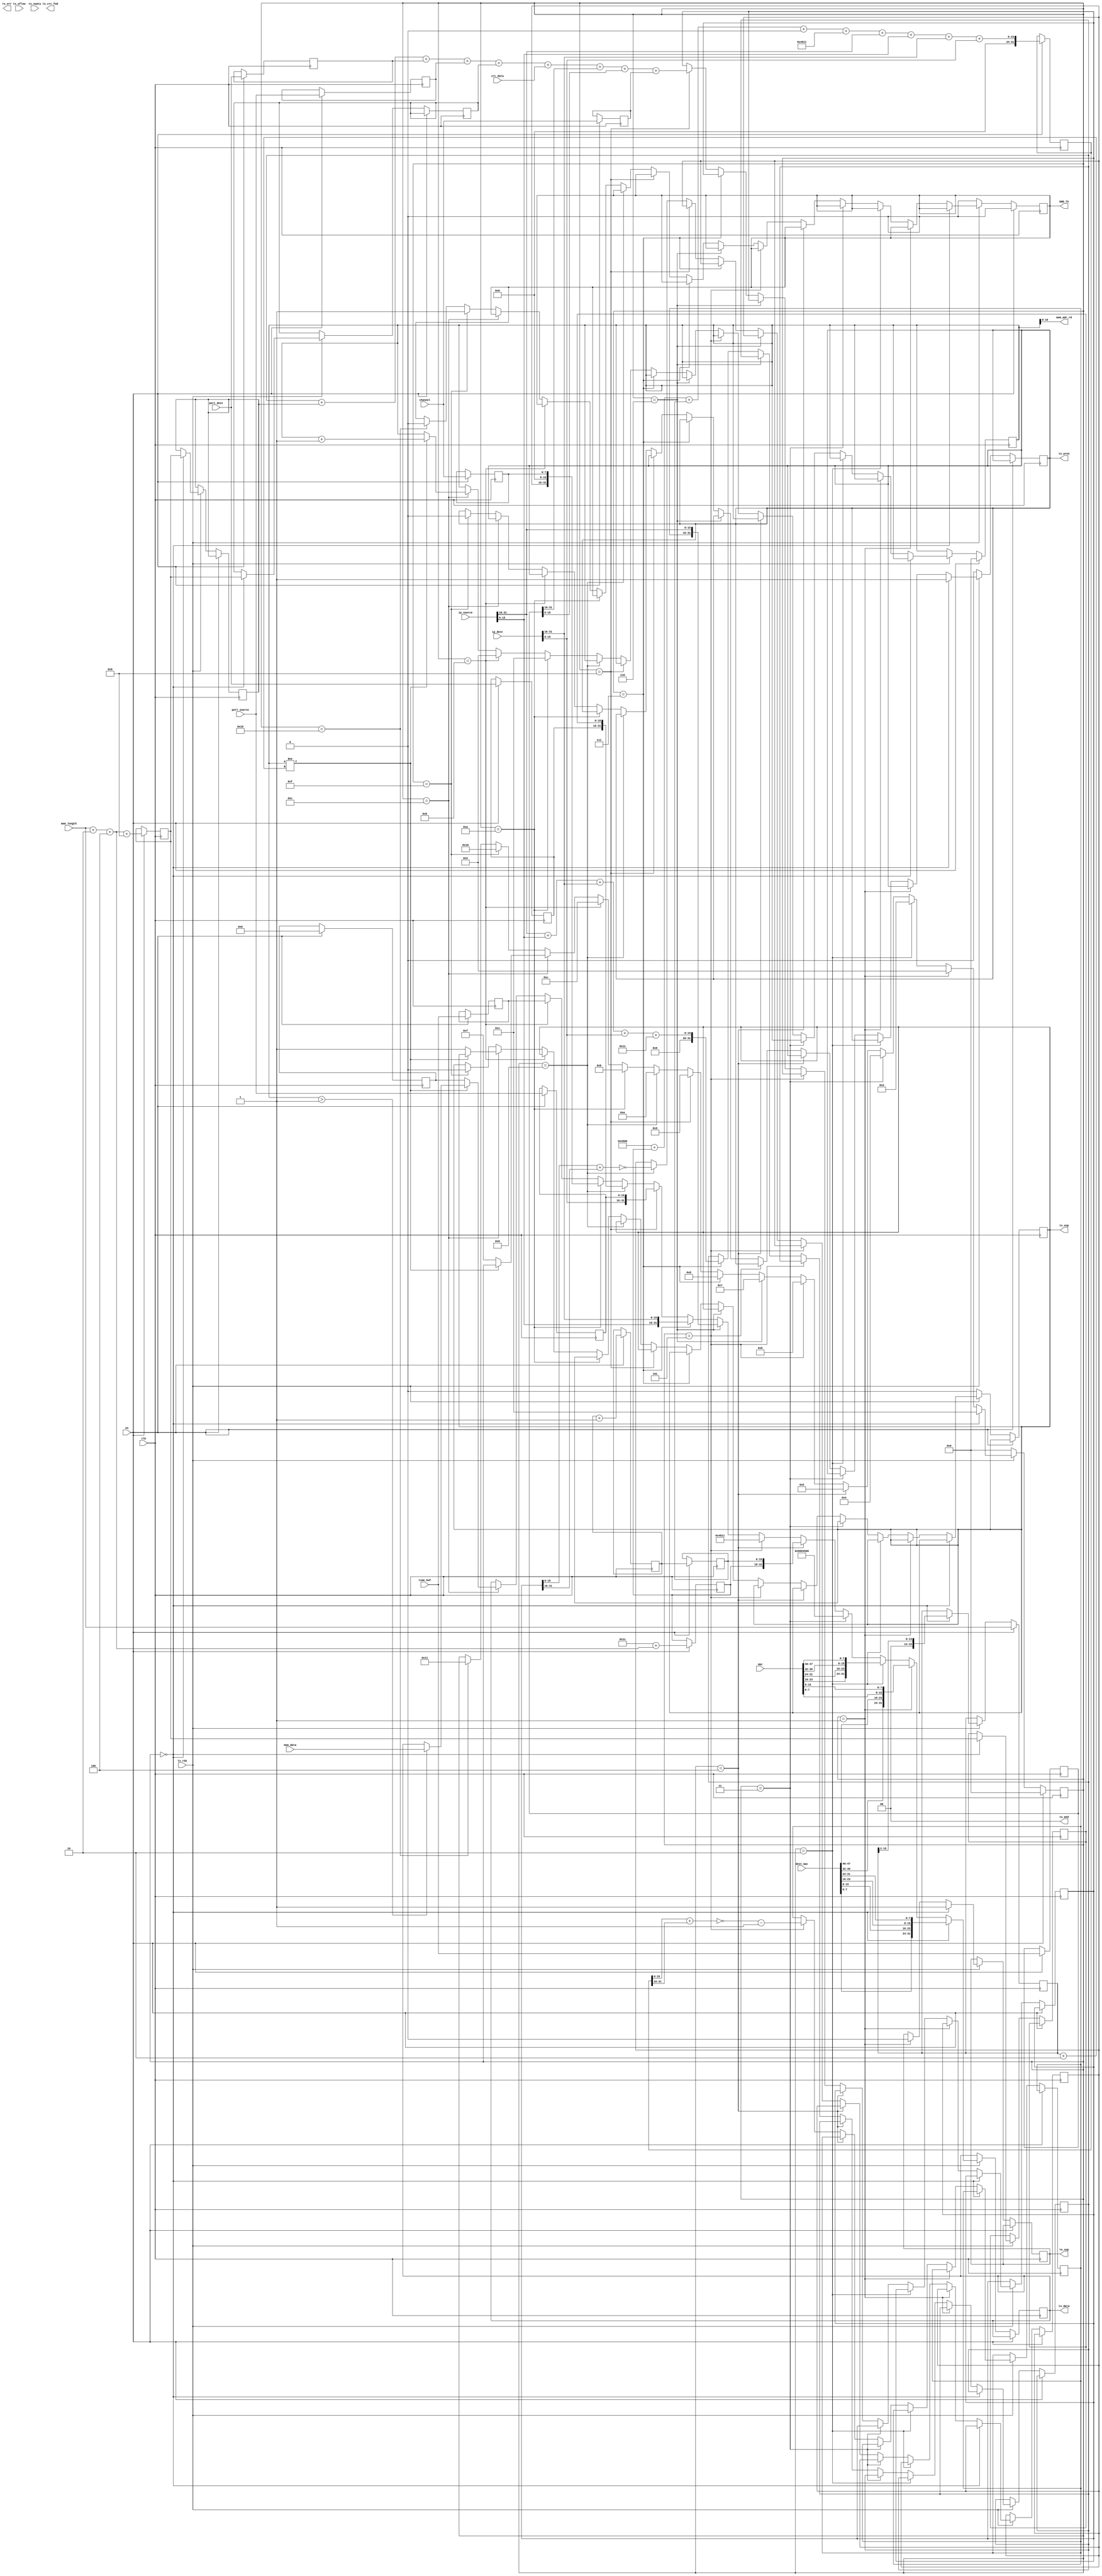
//-----------------------------------------------------------------------------
//
// Title       : udp_sender
// Design      : list
// Company     : Microsoft
//
//-----------------------------------------------------------------------------
//
// Generated   : Tue Feb  5 15:49:38 2019
// From        : interface description file
// By          : Itf2Vhdl ver. 1.22
//
//-----------------------------------------------------------------------------
//
// Description : 
//
//-----------------------------------------------------------------------------
`timescale 1 ns / 1 ps

//{{ Section below this comment is automatically maintained
//   and may be overwritten
//{module {udp_sender}}
module udp_sender ( en,tx_uflow ,tx_septy ,tx_mod ,tx_err ,
					tx_crc_fwd ,tx_wren ,tx_rdy ,tx_eop ,
					tx_sop ,tx_data ,port_dest ,port_source ,ip_dest ,
					ip_source ,dest_mac ,mac ,clk ,mem_data,mem_adr_rd,
					mem_length,crc_data,END_TX,time_buf,channel);

 
output END_TX ;
wire END_TX ;

input  [7:0] channel;	

input  [31:0] time_buf;	
input  [31:0] crc_data;					
input  [31:0] mem_data;
output [10:0] mem_adr_rd;
input  [15:0] mem_length;
output [1:0] tx_mod ;
wire [1:0] tx_mod ;	//Indicates invalid bytes in the final frame word
output tx_err ;
wire tx_err ;
output tx_crc_fwd ;
wire tx_crc_fwd ;
output tx_wren ;
wire tx_wren ;
output tx_eop ;
wire tx_eop ;
output tx_sop ;
wire tx_sop ;
output [31:0] tx_data ;
wire [31:0] tx_data ;

input en ;
wire en ;
input tx_uflow ;
wire tx_uflow ;
input tx_septy ;
wire tx_septy ;
input tx_rdy ;
wire tx_rdy ;
input [15:0] port_dest ;
wire [15:0] port_dest ;
input [15:0] port_source ;
wire [15:0] port_source ;
input [31:0] ip_dest ;
wire [31:0] ip_dest ;
input [31:0] ip_source ;
wire [31:0] ip_source ;
input [47:0] dest_mac ;
wire [47:0] dest_mac ;
input [47:0] mac ;
wire [47:0] mac ;
input clk ;
wire clk ;

reg [15:0] step=1000;
reg [31:0] data_reg=0;
reg [31:0] crc_reg=0;

reg [1:0]  tx_mod_reg=0;
reg  tx_sop_reg=0;
reg  tx_eop_reg=0;
reg  tx_wren_reg=0;	
reg [15:0] sch=0;

reg [31:0] time_buf_tmp1;
reg [31:0] time_buf_tmp2;
reg [ 7:0] channel_tmp1;	
reg [ 7:0] channel_tmp2;	
reg [15:0] port_source_tmp1;
reg [15:0] port_source_tmp2;
reg [15:0] port_dest_tmp1;
reg [15:0] port_dest_tmp2;
reg [15:0] lenght_Type=16'h0800; 
reg [ 7:0] Version_IntHiderLengh=8'h45;   
reg [ 7:0] Diff_service=8'h00; 
reg [15:0] Total_length=16'd28;//20 (ip header) + 8 (udp header) + whithout 38 byte data of data	= 
reg [15:0] Identification=16'h00;	
reg [15:0] reg_Identification=16'h00;
reg [15:0] Flags_fragment_offset=0;	 
reg [ 7:0] Time_to_live=8'd64;	
reg [ 7:0] Protocol=8'h11;
reg [31:0] temp_Header_crc=0;
reg [15:0] Header_crc=0; 
reg [15:0] Length=46;//8 (UDP header) + 38 byte data
reg [15:0] Length_tmp1=0;
reg [15:0] Length_tmp2=0;
reg [15:0] Length_tmp3=0;
reg [31:0] Temp1_udp_checksum=0;
reg [31:0] Temp2_udp_checksum=0;
reg [15:0] Checksum=0;
reg [15:0] sch_ident=0;	
reg [15:0] z_length=0; 

reg END_TX_reg=0;

wire  [31:0] wire_Temp1_udp_checksum;
wire  [31:0] wire_Temp2_udp_checksum;
wire  [15:0] wire_Checksum;
wire  [15:0] wire_Header_crc; 

assign wire_Temp1_udp_checksum=(ip_source[31:16]+ip_source[15:0]+ip_dest[31:16]+ip_dest[15:0]+{8'h00,Protocol});
assign wire_Temp2_udp_checksum=(Temp1_udp_checksum+Length_tmp1+port_dest_tmp1+port_source_tmp1+Length_tmp2+crc_data+time_buf_tmp1[31:16]+time_buf_tmp1[15:0]+channel_tmp1);
assign wire_Checksum          =~(Temp2_udp_checksum[15:0]+Temp2_udp_checksum[31:16]);
assign wire_Header_crc        =(~(temp_Header_crc[15:0]+temp_Header_crc[31:16]))-1;

assign tx_sop=tx_sop_reg;
assign tx_eop=tx_eop_reg;
assign tx_wren=tx_wren_reg;
assign tx_data=data_reg;
assign tx_mod=tx_mod_reg; 

assign mem_adr_rd=sch;	
assign END_TX = END_TX_reg;

always @(posedge clk)
	
	if (en) 
		begin
		step<=0;	
		crc_reg<=0;	
		sch<=0;
		sch_ident<=sch_ident+1;
		reg_Identification<=sch_ident;//identification
		Length=(mem_length+2+4)+8;//2 -     4  
		Total_length<=20+8+(mem_length+2+4);
		temp_Header_crc<={Version_IntHiderLengh,Diff_service}+Total_length+reg_Identification+Flags_fragment_offset+{Time_to_live,Protocol}+
		ip_source[31:16]+ip_source[15:0]+ip_dest[31:16]+ip_dest[15:0];
		z_length<=mem_length;
		END_TX_reg<=0;
		port_dest_tmp1<=port_dest;
		port_dest_tmp2<=port_dest;
		port_source_tmp1<=port_source;
		port_source_tmp2<=port_source;
		channel_tmp1<=channel;
		channel_tmp2<=channel;
		time_buf_tmp1<=time_buf;
		time_buf_tmp2<=time_buf;
		end
	else
if (tx_rdy)
	begin		
		if (step==0)   //------------------MAC header -----------------------
			begin			
			Length_tmp1<=Length;
			Length_tmp2<=Length;
			Length_tmp3<=Length;
			z_length<=z_length>>2;
			tx_wren_reg<=1;//write enable	
			tx_sop_reg<=1;//start of packet	
			data_reg<={dest_mac[7:0],dest_mac[15:8],dest_mac[23:16],dest_mac[31:24]};
			step<=1;				
			end	else
		if (step==1)
			begin
			tx_sop_reg<=0;//start of packet	
			data_reg<={dest_mac[39:32],dest_mac[47:40],mac[7:0],mac[15:8]};	
			step<=2;
			end	else
		if (step==2)
			begin
			data_reg<={mac[23:16],mac[31:24],mac[39:32],mac[47:40]};	
			step<=3;
			end	else
		if (step==3)               //--------------IP Header ---------
			begin
			data_reg<={lenght_Type,Version_IntHiderLengh,Diff_service};	//ip header = 2 octet
			step<=4;
			end	else
		if (step==4)
			begin
			data_reg<={Total_length,reg_Identification};	 //	 ip header = 4 octet
			step<=5;
			end	else  
		if (step==5)
			begin
			data_reg<={Flags_fragment_offset,Time_to_live,Protocol}; //	 ip header = 4 octet	
			step<=6;
			Header_crc<=wire_Header_crc;	
			end	else
		if (step==6)
			begin
			data_reg<={Header_crc,ip_source[31:16]};		 //	 ip header = 4 octet
			step<=7;
			end	else
		if (step==7)
			begin
			data_reg<={ip_source[15:0],ip_dest[31:16]};		 //	 ip header = 4 octet
			step<=8;
			Temp1_udp_checksum<=wire_Temp1_udp_checksum;
			end	else
		if (step==8)
			begin
			data_reg<={ip_dest[15:0],port_source_tmp2};	    //	 ip header = 2 octet   //----------UDP---------------	udp header =  2 octet 
			step<=9;
			Temp2_udp_checksum<=wire_Temp2_udp_checksum;//Length -   
			end	else		
		if (step==9)
			begin
			data_reg<={port_dest_tmp2,Length_tmp3};	// udp header =  4 octet 
			step<=10;
		
			Checksum<=wire_Checksum;
			end	else 
		if (step==10)
			begin
			data_reg<={Checksum,8'h00,channel_tmp2};	//start data 8'h00 - rezerv	 channel -   udp header =  2 octet + 2 
			step<=11;
			sch<=1;
			end	else 
		if (step==11)
			begin
			data_reg<={time_buf_tmp2};	//time of now buffer
			step<=12;
			sch<=2;
			end	else 
		if (step==12) //Data transfer	2 octet  + 32 (8*4)data +4 octet (crc) = 40 octet
			begin
			
			if (sch!=(z_length+2)) 
				begin
		        if (sch>1) data_reg<=mem_data;
				sch<=sch+1; 
				end
				else 
				begin
				step<=15;//
				tx_eop_reg<=1'b1;//end of packet
				data_reg  <={crc_reg};	
				end
			end	else
		if (step==15)
			begin
			tx_wren_reg<=0;//write desable
			tx_eop_reg<=1'b0;
			step<=16;
			END_TX_reg<=1;
			end else
		if (step==16)
			begin
			step<=17;
			END_TX_reg<=0;
			end 			
	 end 
	 else
		 begin
		 tx_wren_reg<=0;//write desable
		 tx_eop_reg<=1'b0;
		 step<=0;
		 END_TX_reg<=0;
		 end
	 
endmodule